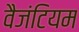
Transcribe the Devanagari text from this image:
वैजंटियम